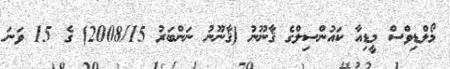
މޯލްޑިވްސް މީޑިއާ ކައުންސިލްގެ ޤާނޫނު (ޤާނޫނު ނަންބަރު 2008/15) ގެ 15 ވަނަ